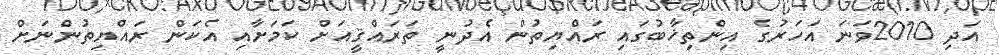
އަދި 2010ވަނަ އަހަރުގެ އިންތިޚާބުގައި ރައްޔިތުން އެދުނީ ތަރައްޤީއަށް ކަމަށާއި އެކަން ރައްޔިތުންނަށް